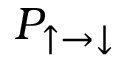
P _ { \uparrow \to \downarrow }